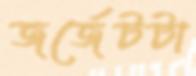
জর্জেটটা